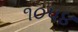
૧૦૫૪